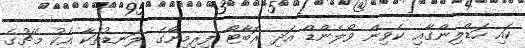
ކައި ހަޑްލިންގާއި ކެވިން ވޯލެންޑް އަދި ރޮބާޓޯ ފިރިމިނޯގެ ލަނޑުތަކާ އެކު މެޗުގެ